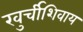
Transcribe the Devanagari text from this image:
खुर्चीशिवाय